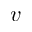
v